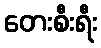
တေးစီးရီး